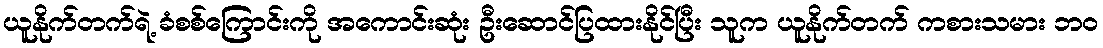
ယူနိုက်တက်ရဲ့ ခံစစ်ကြောင်းကို အကောင်းဆုံး ဦးဆောင်ပြထားနိုင်ပြီး သူက ယူနိုက်တက် ကစားသမား ဘဝ